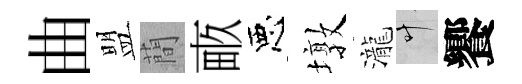
曲盟蕳畞惡墩瀧叶饗